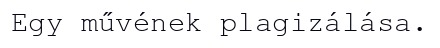
Egy művének plagizálása.